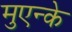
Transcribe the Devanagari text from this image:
मुएन्के